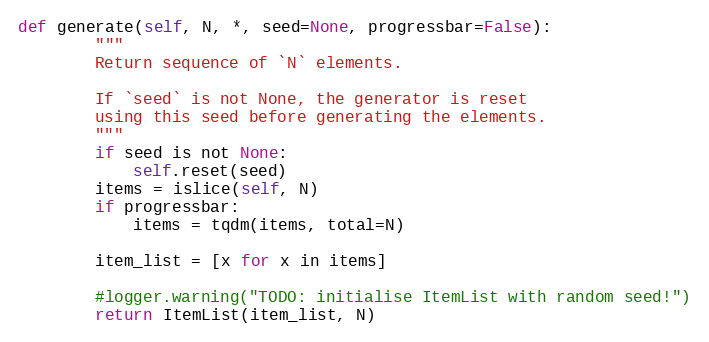
Language: Python
def generate(self, N, *, seed=None, progressbar=False):
        """
        Return sequence of `N` elements.

        If `seed` is not None, the generator is reset
        using this seed before generating the elements.
        """
        if seed is not None:
            self.reset(seed)
        items = islice(self, N)
        if progressbar:
            items = tqdm(items, total=N)

        item_list = [x for x in items]

        #logger.warning("TODO: initialise ItemList with random seed!")
        return ItemList(item_list, N)